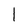
Character: 1